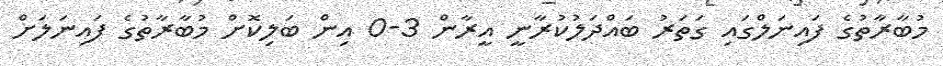
މުބާރާތުގެ ފައިނަލްގައި ގަތަރު ބައްދަލުކުރާނީ އީރާން 3-0 އިން ބަލިކޮށް މުބާރާތުގެ ފައިނަލަށް